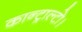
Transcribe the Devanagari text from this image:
कान्ट्राल्टो।